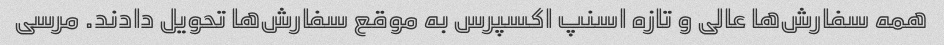
همه سفارش‌ها عالی و تازه اسنپ اکسپرس به موقع سفارش‌ها تحویل دادند. مرسی